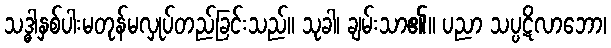
သဒ္ဓါနှစ်ပါးမတုန်မလှုပ်တည်ခြင်းသည်။ သုခါ၊ ချမ်းသာ၏။ ပညာ သပ္ပဋိလာဘော၊